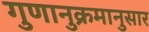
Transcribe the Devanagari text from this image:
गुणानुक्रमानुसार